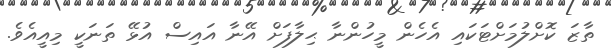
ތާޒަ ކޮށްލުމަށްޓަކައި އެހެން މީހުންނާ ޙިލާފަށް އޭނާ އައިސް އުޅޭ ތަނަކީ މިއީއެވެ.